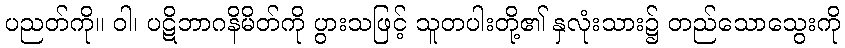
ပညတ်ကို။ ဝါ၊ ပဋိဘာဂနိမိတ်ကို ပွားသဖြင့် သူတပါးတို့၏ နှလုံးသား၌ တည်သောသွေးကို